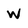
Character: W